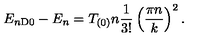
E _ { n \mathrm { D 0 } } - E _ { n } = T _ { ( 0 ) } n { \frac { 1 } { 3 ! } } \left( { \frac { \pi n } { k } } \right) ^ { 2 } .